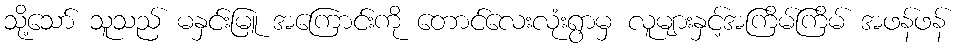
သို့သော် သူသည် မနှင်းမြူ အကြောင်းကို တောင်လေးလုံးရွာမှ လူများနှင့်အကြိမ်ကြိမ် အဖန်ဖန်